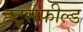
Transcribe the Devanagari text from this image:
हर्ट्सफील्ड